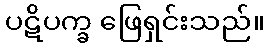
ပဋိပက္ခ ဖြေရှင်းသည်။